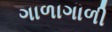
ગાળાગાળી